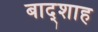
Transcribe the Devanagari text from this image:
बाद्शाह